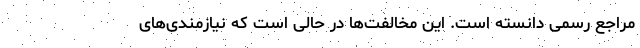
مراجع رسمی دانسته است. این مخالفت‌ها در حالی است که نیازمندی‌های